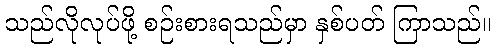
သည်လိုလုပ်ဖို့ စဉ်းစားရသည်မှာ နှစ်ပတ် ကြာသည်။